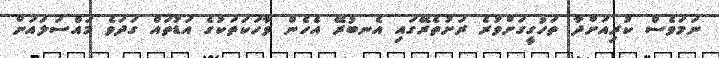
ނަމަވެސް ކުރިއަށްދާ ތަހުގީގަށްވުރެ ރަށުތެރޭގައި އެނބުރޭ އެހެން ވާހަކަތަކުގެ އަޑުތައް ގަދަވެ މައްސަލައަށް